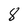
Character: 8